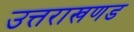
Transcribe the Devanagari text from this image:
उत्तराखणड